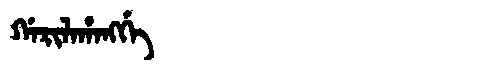
Manchu: ᡤᠠᡵᡳᠯᠠᡥᠠᠩᡤᡝ
Romanization: GARILAHANGGE